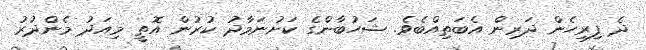
ދެ ފިރިހެން ދަރިން އެބަތިއްބެވެ. ޝަހުބާންގެ ކަށުނަމާދު ކުރުން އޮތީ މިއަދު މެންދުރު